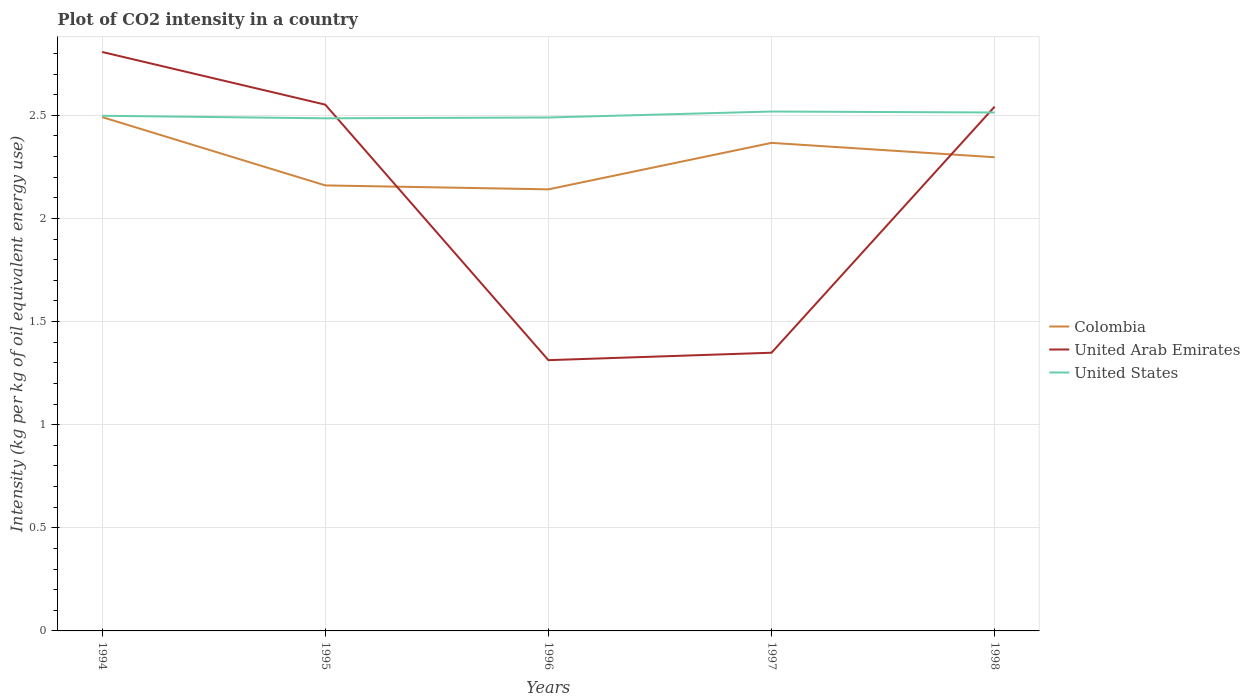
| Years | Colombia | United Arab Emirates | United States |
 | --- | --- | --- | --- |
 | 1994 | 2.49 | 2.81 | 2.5 |
 | 1995 | 2.16 | 2.55 | 2.49 |
 | 1996 | 2.14 | 1.31 | 2.49 |
 | 1997 | 2.37 | 1.35 | 2.52 |
 | 1998 | 2.3 | 2.54 | 2.51 |